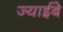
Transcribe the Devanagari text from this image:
ज्याईबे